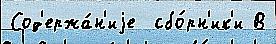
Сод'ержа́н'иjе  сбо́рн'ик'и В